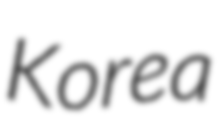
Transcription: Korea